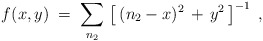
\begin{align*}f (x,y) \;=\; \sum_{n_2} \, \left[ \, (n_2 - x)^2 \,+\,y^2\,\right]^{-1}\;,\end{align*}